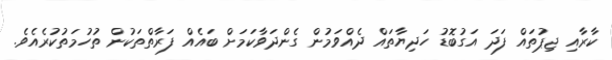
ކާރާއި ޖިޕުތައް ފަދަ އަގުބޮޑު ހަދިޔާތައް ދެއްވަމުން ގެންދަވާކަމަށް ބައެއް ފަރާތްތަކުން ތުހުމަތުކުރެއެވެ.